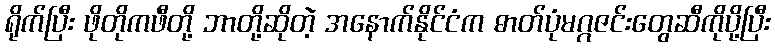
ရိုက်ပြီး ဖိုတိုကဖီတို့ ဘာတို့ဆိုတဲ့ အနောက်နိုင်ငံက ဓာတ်ပုံမဂ္ဂဇင်းတွေဆီကိုပို့ပြီး